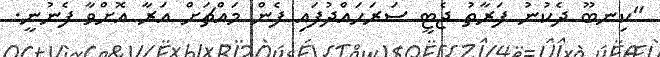
"ކިނބޫ ދެކުނު ފަރާތު ޖެޓީ ސަރަހައްދުފައި ފެން މައްޗަށް އަރާ އޮށްވާ ފެނުނީ.